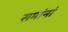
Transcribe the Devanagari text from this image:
समांनां